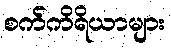
စက်ကိရိယာများ